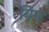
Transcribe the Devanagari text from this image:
बिप